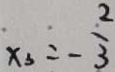
x _ { 3 } = - \frac { 2 } { 3 }